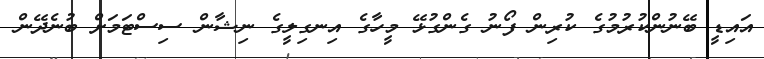
އައިޑީ ބޭނުންކުރުމުގެ ކުރިން ފޯނު ގެންގުޅޭ މީހާގެ އިނގިލީގެ ނިޝާން ސިސްޓަމަށް ބުނެދޭން